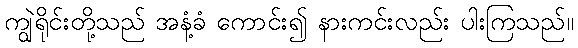
ကျွဲရိုင်းတို့သည် အနံ့ခံ ကောင်း၍ နားကင်းလည်း ပါးကြသည်။